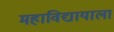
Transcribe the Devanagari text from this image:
महाविद्यायाला